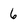
Character: 6